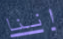
اننا